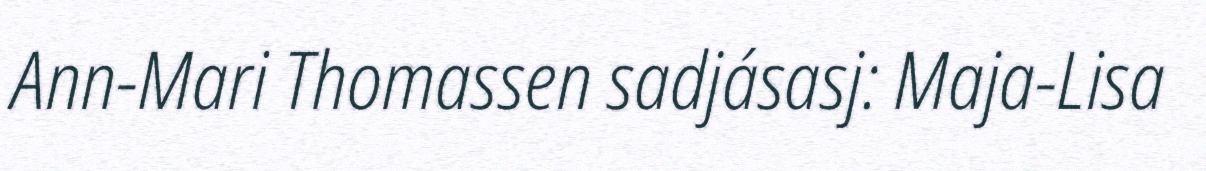
Ann-Mari Thomassen sadjásasj: Maja-Lisa